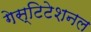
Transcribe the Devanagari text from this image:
गेस्टिटेशनल